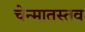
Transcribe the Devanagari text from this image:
चेन्मातस्तव